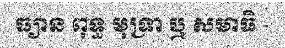
ធ្យាន ពុទ្ធ មុទ្រា ឬ សមាធិ -